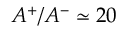
A ^ { + } / A ^ { - } \simeq 2 0